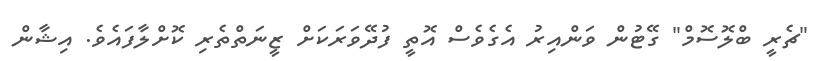
"ޗެރީ ބްލޮސޮމް" ގޭޓުން ވަންއިރު އެގެވެސް އޮތީ ފުދޭވަރަކަށް ޒީނަތްތެރި ކޮށްލާފައެވެ. އިޝާން